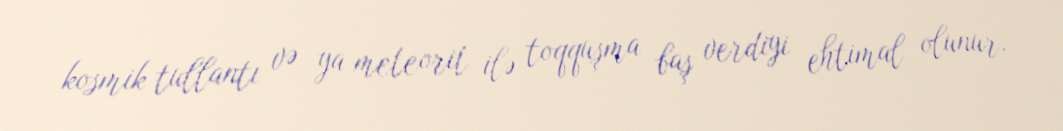
kosmik tullantı və ya meteorit ilə toqquşma baş verdiyi ehtimal olunur.